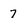
Character: 7